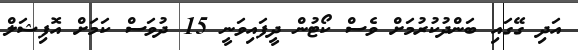
އަދި ގޭގައި ބަންދުކުރުމަށް ވެސް ކޯޓުން ދީފައިވަނީ 15 ދުވަސް ކަމަށް އޮފިޝަލް